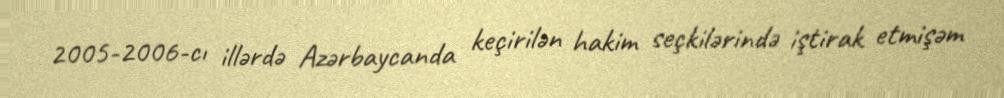
2005-2006-cı illərdə Azərbaycanda keçirilən hakim seçkilərində iştirak etmişəm